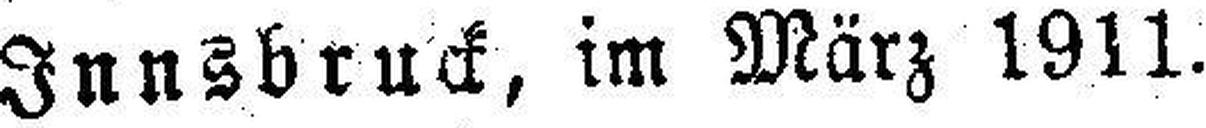
Innsbruck, im März 1911.